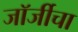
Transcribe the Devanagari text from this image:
जॉर्जीचा